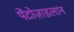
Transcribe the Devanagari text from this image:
पेंटोज़ाइलान